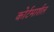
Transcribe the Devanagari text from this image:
कोर्टमार्शल